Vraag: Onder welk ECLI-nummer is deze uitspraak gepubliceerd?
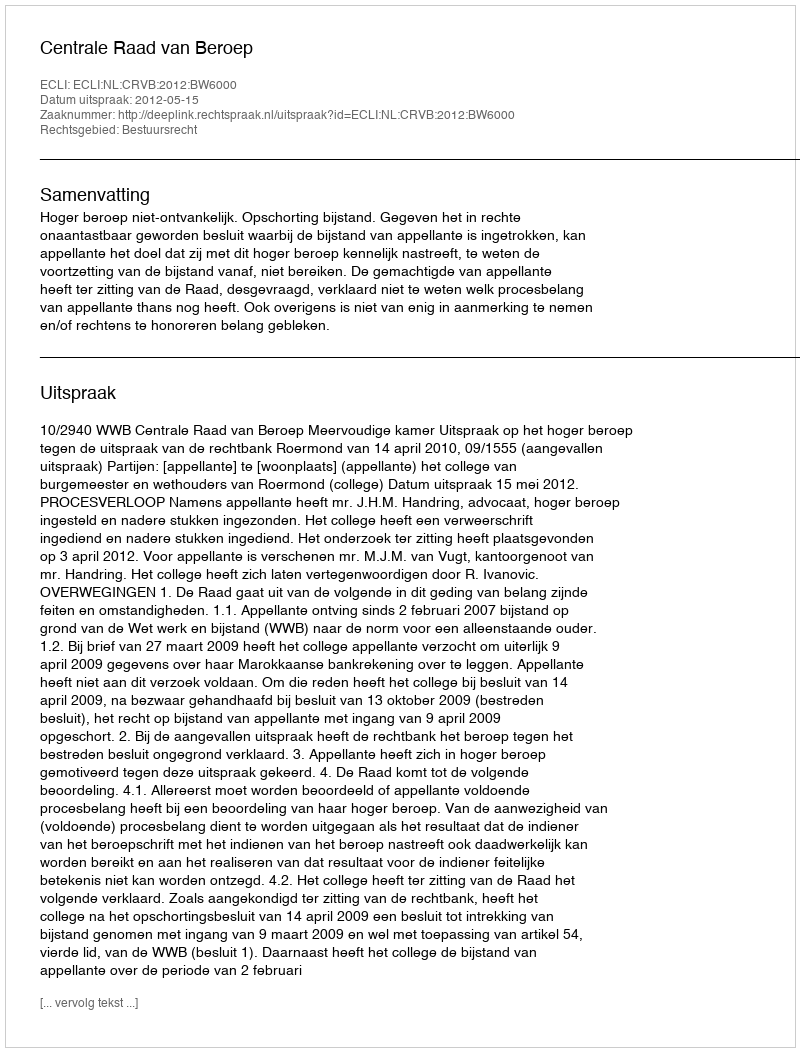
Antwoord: ECLI:NL:CRVB:2012:BW6000